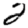
Digit: 2